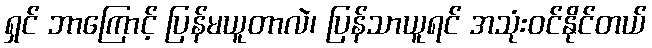
ရှင် ဘာကြောင့် ပြန်မယူတာလဲ၊ ပြန်သာယူရင် အသုံးဝင်နိုင်တယ်